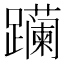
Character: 𬧛